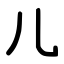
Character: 儿